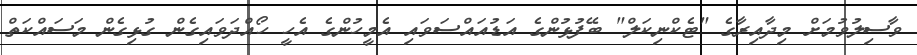
ވާސިލުވުމަށް މިދާއިރާގެ "ޓެކްނިކަލް" ބޭފުޅުންގެ އަޑުއައްސަވައި އެމީހުންގެ އެހީ ހޯއްދަވައިގެން ގުޅިގެން މަސައްކަތް